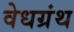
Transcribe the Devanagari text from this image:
वेधग्रंथ